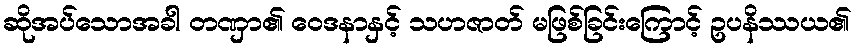
ဆိုအပ်သောအခါ တဏှာ၏ ဝေဒနာနှင့် သဟဇာတ် မဖြစ်ခြင်းကြောင့် ဥပနိဿယ၏